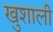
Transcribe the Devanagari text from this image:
खुशाली